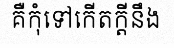
គឺកុំទៅកើតក្តីនឹង